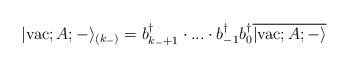
LaTeX: \begin{align*}|{\rm vac}; A; - \rangle_{(k_{-})} =b_{k_{-}+1}^{\dagger}\cdot . . . \cdot b_{-1}^{\dagger} b_{0}^{\dagger}\overline{|{\rm vac};A;- \rangle}\end{align*}